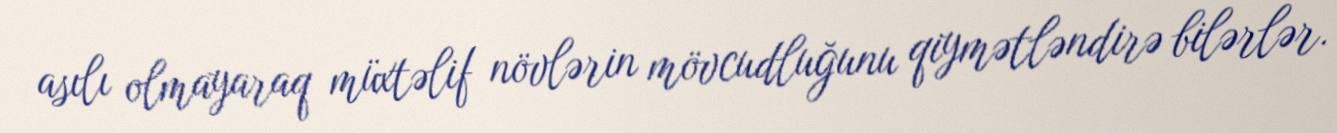
asılı olmayaraq müxtəlif növlərin mövcudluğunu qiymətləndirə bilərlər.